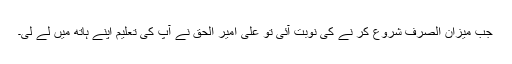
جب میزان الصرف شروع کر نے کی نوبت آئی تو علی امیر الحق نے آپ کی تعلیم اپنے ہاتھ میں لے لی۔